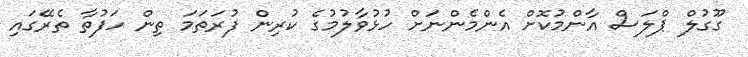
ގޫގުލް ޕްލަސް އާންމުކޮށް އެންމެންނަށް ހުޅުވާލުމުގެ ކުރިން ފުރަތަމަ ތިން ހަފުތާ ތެރޭގައި